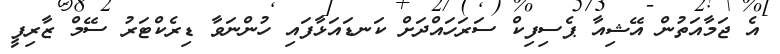
އެ ޖަމާއަތުން އޭޝިއާ ޕެސިފިކް ސަރަހައްދަށް ކަނޑައަޅާފައި ހުންނަވާ ޑިރެކްޓަރު ސޭމް ޒާރިފީ